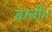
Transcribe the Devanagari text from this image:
बरनी।।